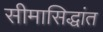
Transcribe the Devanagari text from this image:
सीमासिद्धांत